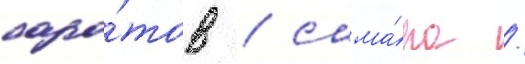
сара́тов / сама́ра /